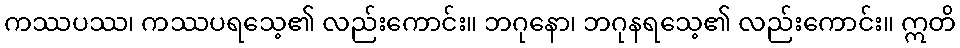
ကဿပဿ၊ ကဿပရသေ့၏ လည်းကောင်း။ ဘဂုနော၊ ဘဂုနရသေ့၏ လည်းကောင်း။ ဣတိ